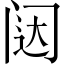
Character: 闼